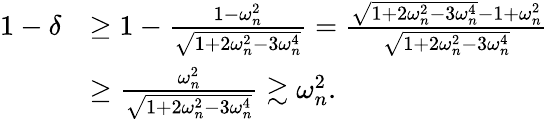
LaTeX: \begin{array}{rl}{1-\delta}&{\geq 1-\frac{1-\omega_{n}^{2}}{\sqrt{1+2\omega_{n}^{2}-3\omega_{n}^{4}}}=\frac{\sqrt{1+2\omega_{n}^{2}-3\omega_{n}^{4}}-1+\omega_{n}^{2}}{\sqrt{1+2\omega_{n}^{2}-3\omega_{n}^{4}}}}\\ &{\geq\frac{\omega_{n}^{2}}{\sqrt{1+2\omega_{n}^{2}-3\omega_{n}^{4}}}\gtrsim\omega_{n}^{2}.}\end{array}